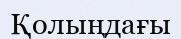
Қолыңдағы